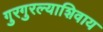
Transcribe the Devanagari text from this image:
गुरगुरल्याशिवाय